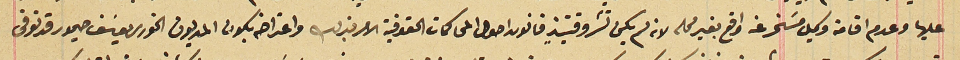
عليها وعدم اقامة وكيل مسَخر عنه واقع بغير محله لانه لم يكن نشر وقتيذٍ قانون اصول المحاكمات الحقوقية الامر بذلك واعتراضه يكون المديون الخوري يوسَف حيمور قد توفى